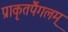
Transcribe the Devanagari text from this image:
प्राकृतपैंगलम्‌